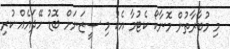
މި މުބާރާތުން މޮނާކޯ ކެޓުމާ އެކު މި ސީޒަނަށް ބޮޑު ހޭދައެއް ކުރި